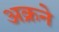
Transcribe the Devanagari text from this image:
अक्रने